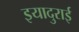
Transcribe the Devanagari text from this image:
इयादुराई